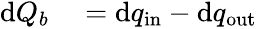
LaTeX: \begin{array}{rl}{\mathrm{d}Q_{b}}&{{}=\mathrm{d}q_{\mathrm{in}}-\mathrm{d}q_{\mathrm{out}}}\end{array}